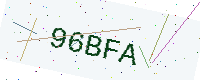
Text: 96BFA